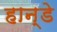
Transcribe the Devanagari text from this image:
हान्डे